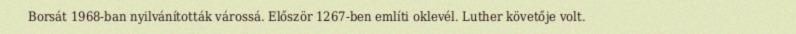
Borsát 1968-ban nyilvánították várossá. Először 1267-ben említi oklevél. Luther követője volt.